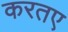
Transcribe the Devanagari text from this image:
करतए